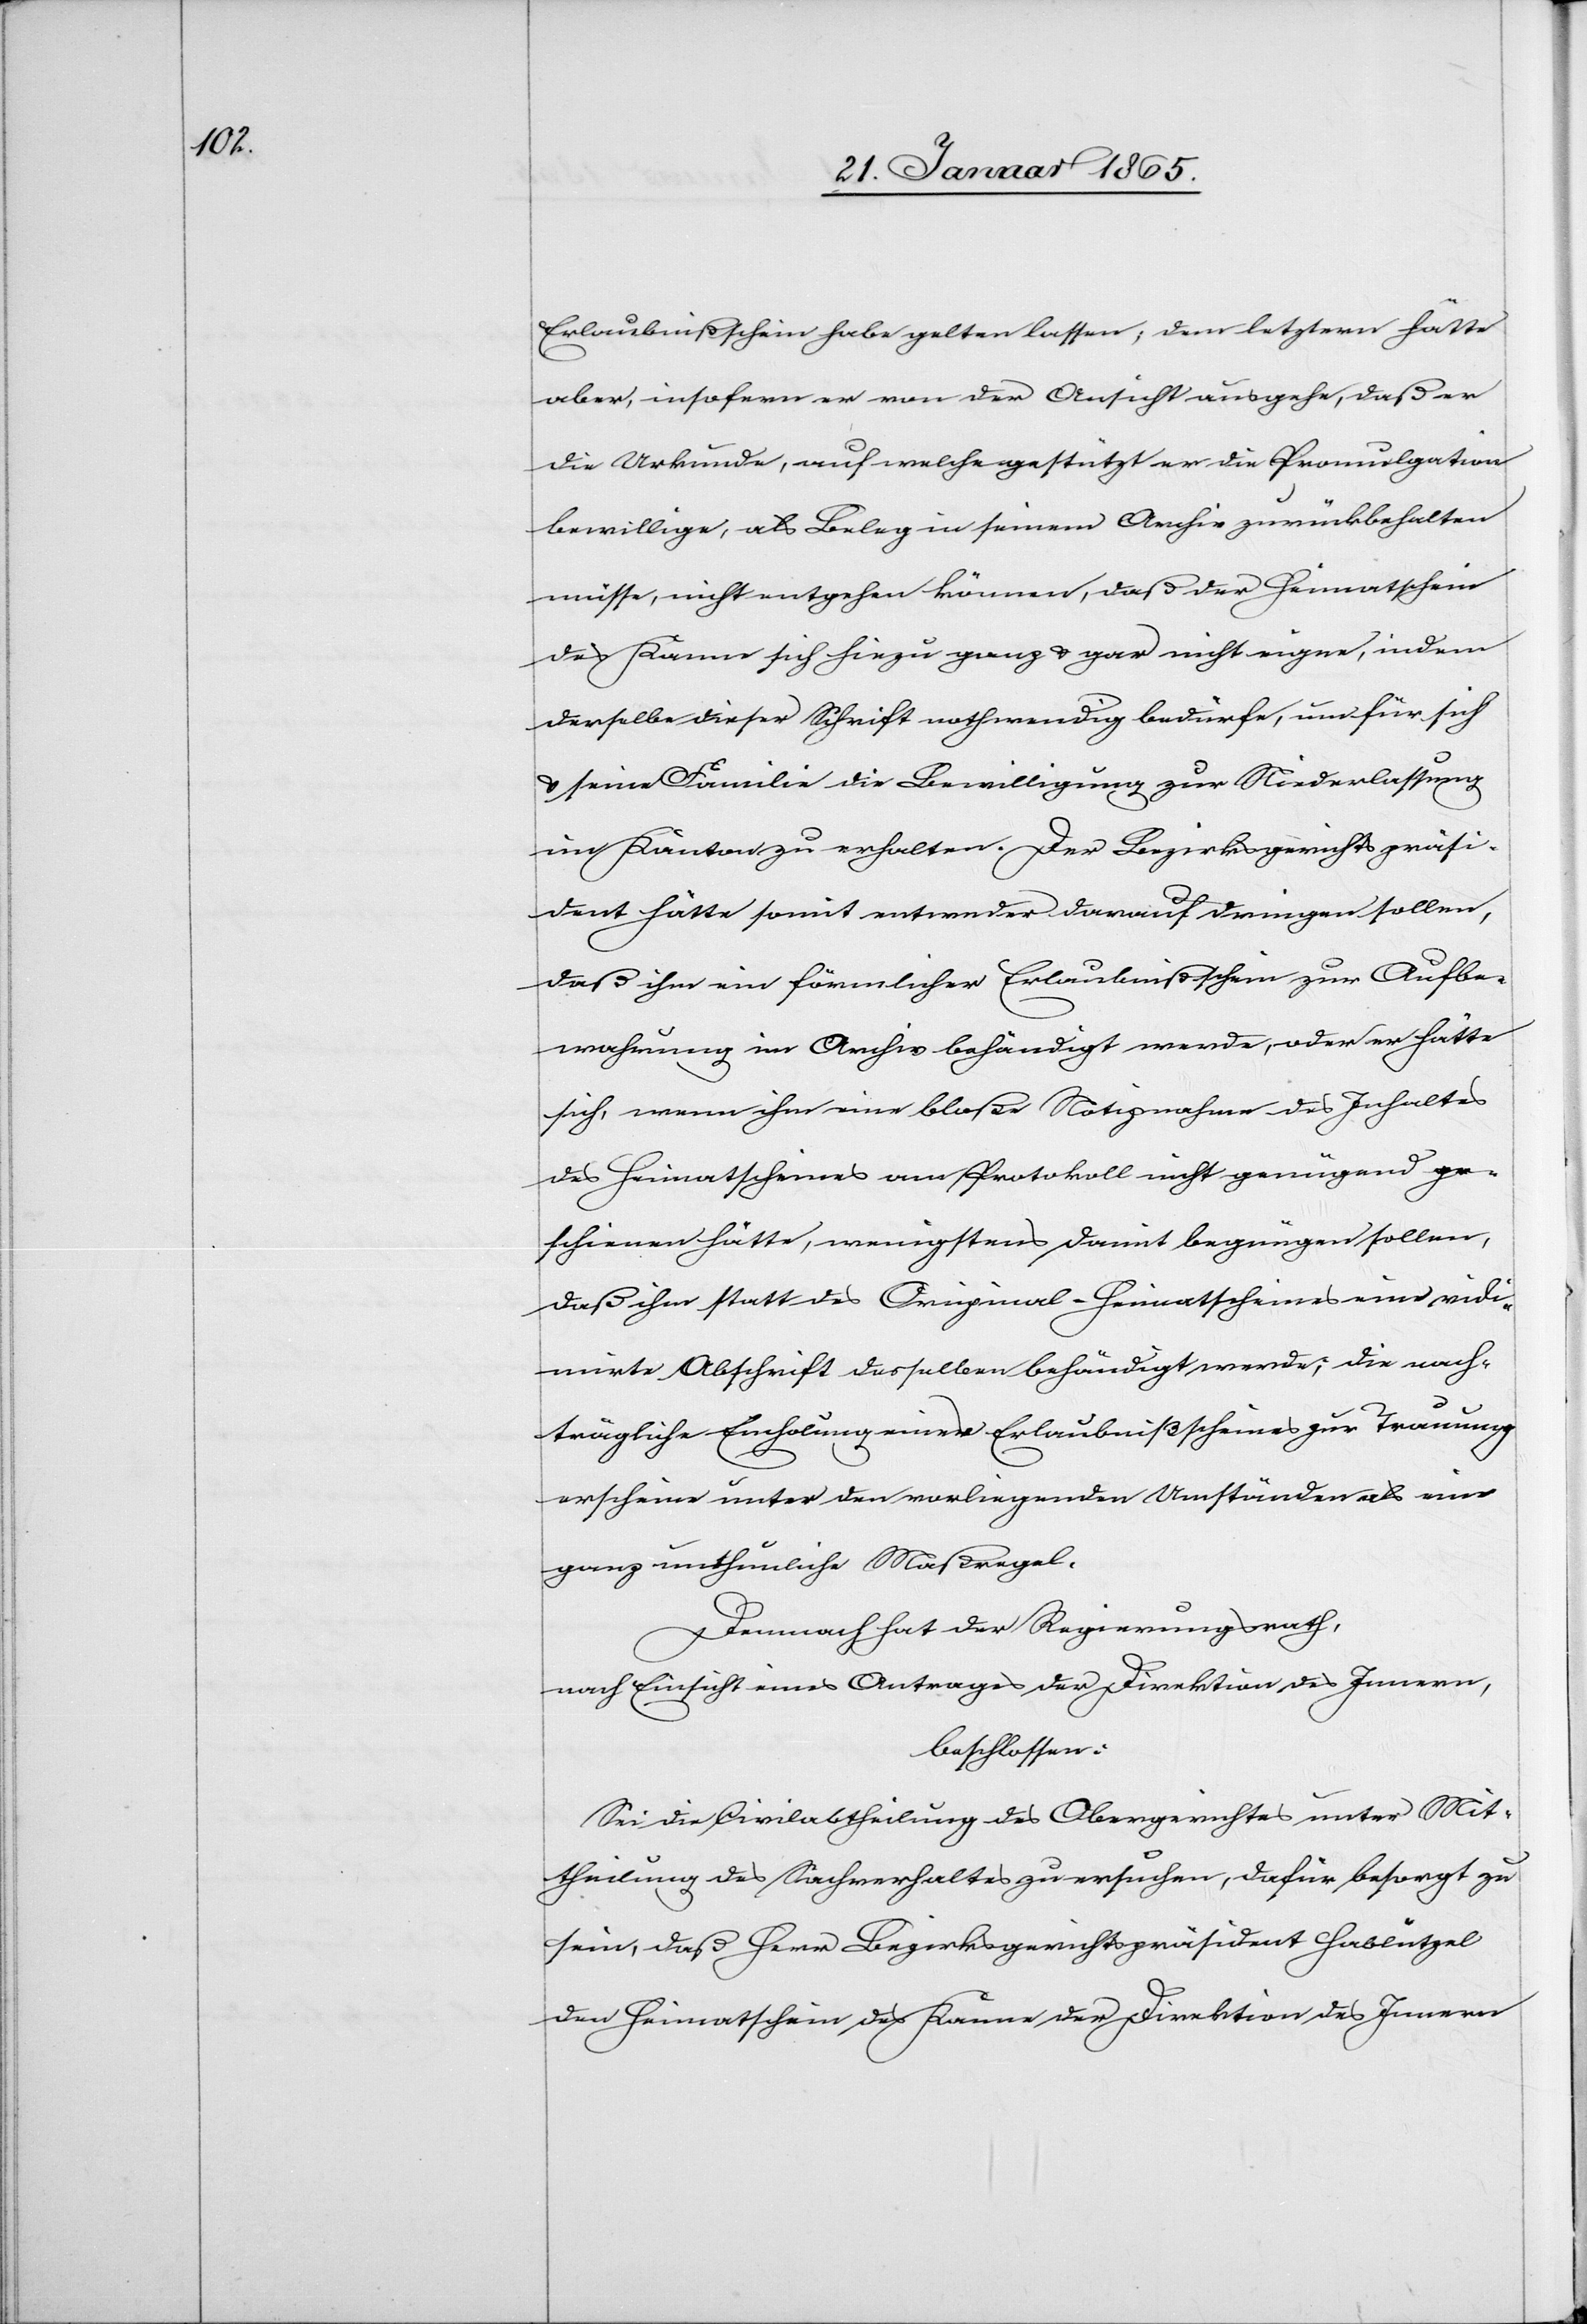
Erlaubnißschein habe gelten lassen, dem letztern hätte
aber, insofern er von der Ansicht ausgehe, daß er
die Urkunde, auf welche gestützt er die Promulgation
bewillige, als Beleg in seinem Archiv zurückbehalten
müsse, nicht entgehen können, daß der Heimatschein
des Kanne sich hiezu ganz u gar nicht eigne, indem
derselbe dieser Schrift nothwendig bedürfe, um für sich
u. seine Familie die Bewilligung zur Niederlassung
im Kanton zu erhalten. Der Bezirksgerichtspräsi¬
dent hätte somit entweder darauf dringen sollen,
daß ihm ein förmlicher Erlaubnißschein zur Aufbe¬
wahrung im Archiv behändigt werde, oder er hätte
sich, wenn ihm eine bloße Notiznahme des Inhaltes
des Heimatscheines am Protokoll nicht genügend er¬
schienen hätte, wenigstens damit begnügen sollen,
daß ihm statt des Original-Heimatscheines eine vidi¬
mirte Abschrift desselben behändigt werde; die nach¬
trägliche Einholung eines Erlaubnißscheines zur Trauung
erscheine unter den vorliegenden Umständen als eine
ganz unthunliche Maßregel.
Demnach hat der Regierungsrath,
nach Einsicht eines Antrages der Direktion des Innern,
beschlossen:
Sei die Civilabtheilung des Obergerichtes unter Mit¬
theilung des Sachverhaltes zu ersuchen, dafür besorgt zu
sein, daß Herr Bezirksgerichtspräsident Hablützel
den Heimatschein des Kanne der Direktion des Innern